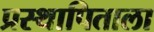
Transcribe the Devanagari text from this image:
प्रस्थापिताला